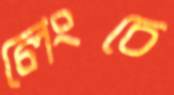
লেংচে